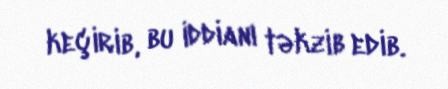
keçirib, bu iddianı təkzib edib.